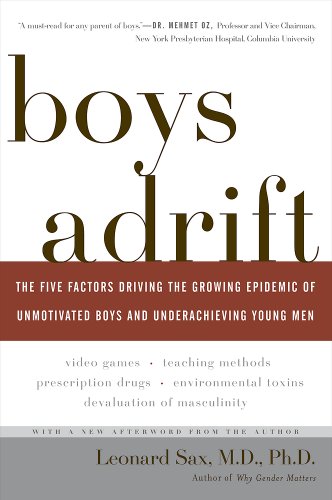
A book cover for Boys Adrift: The Five Factors Driving the Growing Epidemic of Unmotivated Boys and Underachieving Young Men; Leonard Sax; Education & Teaching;